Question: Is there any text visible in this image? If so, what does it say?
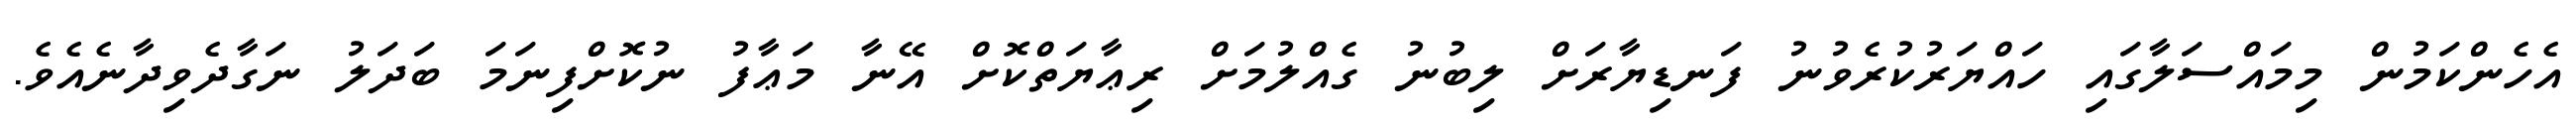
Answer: އެހެންކަމުން މިމައްސަލާގައި ހައްޔަރުކުރެވުނު ފަނޑިޔާރަށް ލިބުނު ގެއްލުމަށް ރިޢާޔަތްކޮށް އޭނާ މަޢާފު ނުކޮށްފިނަމަ ބަދަލު ނަގާދެވިދާނެއެވެ.